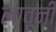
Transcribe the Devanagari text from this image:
लावूनी